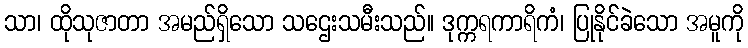
သာ၊ ထိုသုဇာတာ အမည်ရှိသော သဌေးသမီးသည်။ ဒုက္ကရကာရိကံ၊ ပြုနိုင်ခဲသော အမူကို